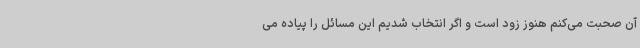
آن صحبت می‌کنم هنوز زود است و اگر انتخاب شدیم این مسائل را پیاده می